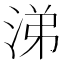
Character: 涕